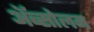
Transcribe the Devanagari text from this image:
अॅब्सोलम